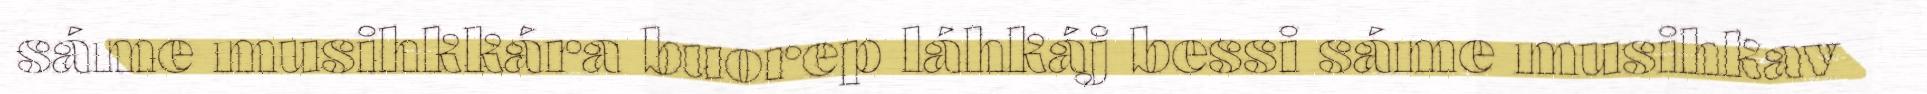
sáme musihkkára buorep láhkáj bessi sáme musihkav